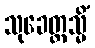
သုခေတ္တသ္မိံ